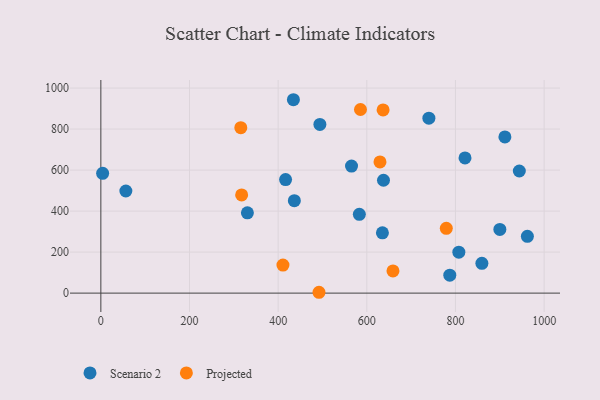
{"axis": {"x": "Engine Size", "y": "Fuel Efficiency"}, "legend": ["Projected", "Scenario 2"], "data": [{"x": "635.2", "y": 293.8, "type": "Scenario 2"}, {"x": "821.5", "y": 659.1, "type": "Scenario 2"}, {"x": "4.0", "y": 584.3, "type": "Scenario 2"}, {"x": "787.2", "y": 87.7, "type": "Scenario 2"}, {"x": "416.7", "y": 553.9, "type": "Scenario 2"}, {"x": "944.0", "y": 595.5, "type": "Scenario 2"}, {"x": "962.2", "y": 276.8, "type": "Scenario 2"}, {"x": "859.6", "y": 145.4, "type": "Scenario 2"}, {"x": "565.5", "y": 619.5, "type": "Scenario 2"}, {"x": "330.6", "y": 391.5, "type": "Scenario 2"}, {"x": "436.5", "y": 451.0, "type": "Scenario 2"}, {"x": "740.0", "y": 853.2, "type": "Scenario 2"}, {"x": "583.1", "y": 384.1, "type": "Scenario 2"}, {"x": "900.1", "y": 310.7, "type": "Scenario 2"}, {"x": "637.6", "y": 550.4, "type": "Scenario 2"}, {"x": "494.1", "y": 822.6, "type": "Scenario 2"}, {"x": "807.6", "y": 199.8, "type": "Scenario 2"}, {"x": "56.4", "y": 498.0, "type": "Scenario 2"}, {"x": "434.4", "y": 943.1, "type": "Scenario 2"}, {"x": "911.5", "y": 761.9, "type": "Scenario 2"}, {"x": "585.7", "y": 895.4, "type": "Projected"}, {"x": "659.0", "y": 108.2, "type": "Projected"}, {"x": "629.7", "y": 639.9, "type": "Projected"}, {"x": "779.3", "y": 316.2, "type": "Projected"}, {"x": "636.7", "y": 893.2, "type": "Projected"}, {"x": "410.8", "y": 136.7, "type": "Projected"}, {"x": "315.7", "y": 806.6, "type": "Projected"}, {"x": "317.6", "y": 478.8, "type": "Projected"}, {"x": "492.1", "y": 4.1, "type": "Projected"}]}